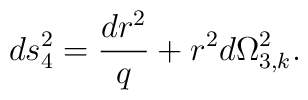
ds_4 ^2 =  \frac{dr^2}{q} + r^2 d\Omega_{3,k}^2 .